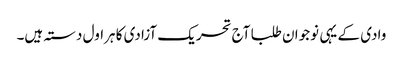
وادی کے یہی نوجوان طلبا آج تحریک آزادی کا ہراول دستہ ہیں۔